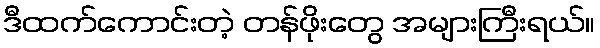
ဒီထက်ကောင်းတဲ့ တန်ဖိုးတွေ အများကြီးရယ်။